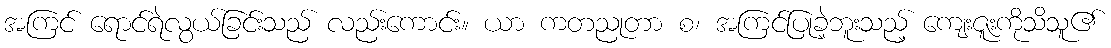
အကြင် ရောင်ရဲလွယ်ခြင်းသည် လည်းကောင်း။ ယာ ကတညုတာ စ၊ အကြင်ပြုခဲ့ဘူးသည့် ကျေးဇူးကိုသိသူ၏